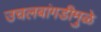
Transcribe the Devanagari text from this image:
उचलबांगडीमुळे